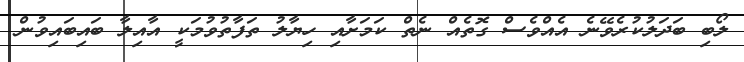
ލޯބި ބަދަލުކުރެވޭނެ އެއްވެސް ގޮތެއް ނެތް ކަމަށާއި ހިޔާލު ތަފާތުވުމަކީ އާއިލާ ބައިބައިވުން